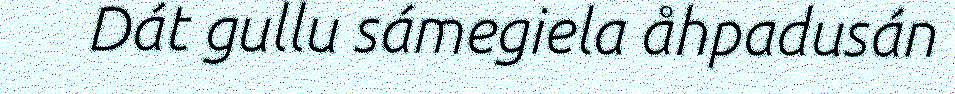
Dát gullu sámegiela åhpadusán